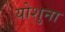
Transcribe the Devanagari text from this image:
योशुना